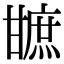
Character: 𤯋